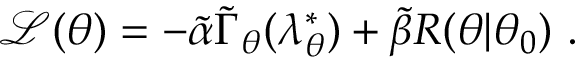
\mathcal { L } ( \theta ) = - \tilde { \alpha } \tilde { \Gamma } _ { \theta } ( \lambda _ { \theta } ^ { * } ) + \tilde { \beta } R ( \theta | \theta _ { 0 } ) ~ .